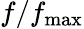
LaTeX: f/f_{\mathrm{max}}